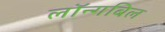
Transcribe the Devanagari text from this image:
लॉन्गबिल